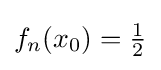
f_{n}(x_{0})={\tfrac {1}{2}}